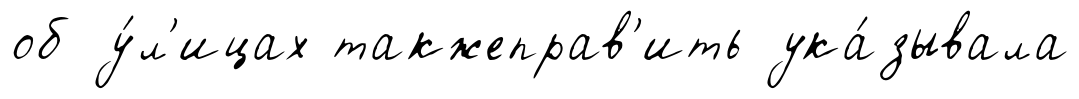
об у́л'ицах такжеправ'ить ука́зывала